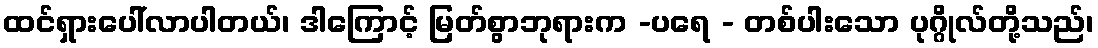
ထင်ရှားပေါ်လာပါတယ်၊ ဒါကြောင့် မြတ်စွာဘုရားက -ပရေ - တစ်ပါးသော ပုဂ္ဂိုလ်တို့သည်၊